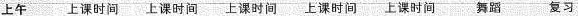
上午 上课时间 上课时间 上课时间 上课时间 上课时间舞蹈复习